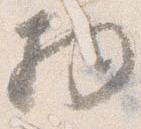
物